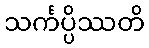
သင်္ကပ္ပိဿတိ